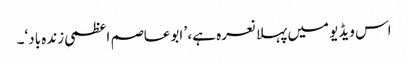
اس ویڈیو میں پہلا نعرہ ہے، ’ ابوعاصم اعظمی زندہ باد‘۔